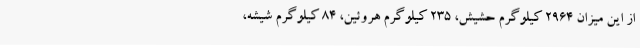
از این میزان 2964 کیلوگرم حشیش، 235 کیلوگرم هروئین، 84 کیلوگرم شیشه،